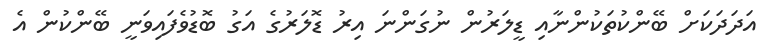
އަދަދަކަށް ބޭންކުތަކުންނާއި ޑީލަރުން ނުގަންނަ އިރު ޑޮލަރުގެ އަގު ބޮޮޑުވެފައިވަނީ ބޭންކުން އެ